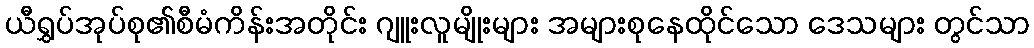
ယီရွှပ်အုပ်စု၏စီမံကိန်းအတိုင်း ဂျူးလူမျိုးများ အများစုနေထိုင်သော ဒေသများ တွင်သာ